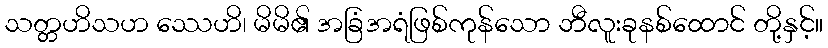
သတ္တဟိသဟ ဿေဟိ၊ မိမိ၏ အခြံအရံဖြစ်ကုန်သော ဘီလူးခုနစ်ထောင် တို့နှင့်။